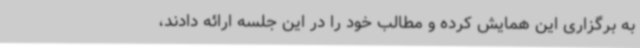
به برگزاری این همایش کرده و مطالب خود را در این جلسه ارائه دادند،